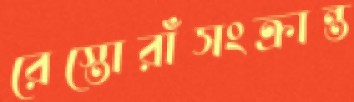
রেস্তোরাঁসংক্রান্ত